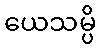
ယေသမ္ပိ